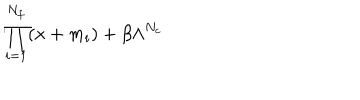
\prod _ { i = 1 } ^ { N _ { f } } ( x + m _ { i } ) + \beta \Lambda ^ { N _ { c } }